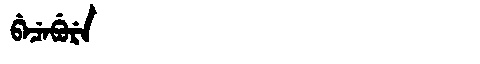
Manchu: ᠪᡝᠴᡝᠪᡠᡵᡝ
Romanization: BECEBURE